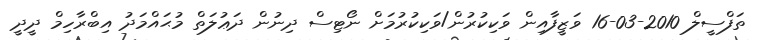
ތަފްސީލް 2010-03-16 ވަޒީފާއިން ވަކިކުރުން/ވަކިކުރުމަށް ނޯޓިސް ދިނުން ދަޢުލަތް މުޙައްމަދު އިބްރާހިމް ދީދީ